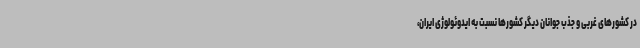
در کشورهای غربی و جذب جوانان دیگر کشورها نسبت به ایدوئولوژی ایران،